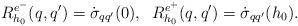
LaTeX: \begin{align*}R^{e^-}_{h_{0}}(q, q') = \dot{\sigma}_{qq'}(0), \; \; R^{e^+}_{h_{0}}(q, q') = \dot{\sigma}_{qq'}(h_0).\end{align*}